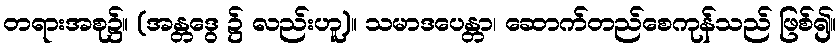
တရားအစု၌။ (အန္တဒွေ ၌ လည်းဟူ)။ သမာဒပေန္တာ၊ ဆောက်တည်စေကုန်သည် ဖြစ်၍။